Report on malaria in the Punjab during the year ...  together with an account of the work of the Punjab Malaria Bureau - Volume 4
Disease focus: Malaria
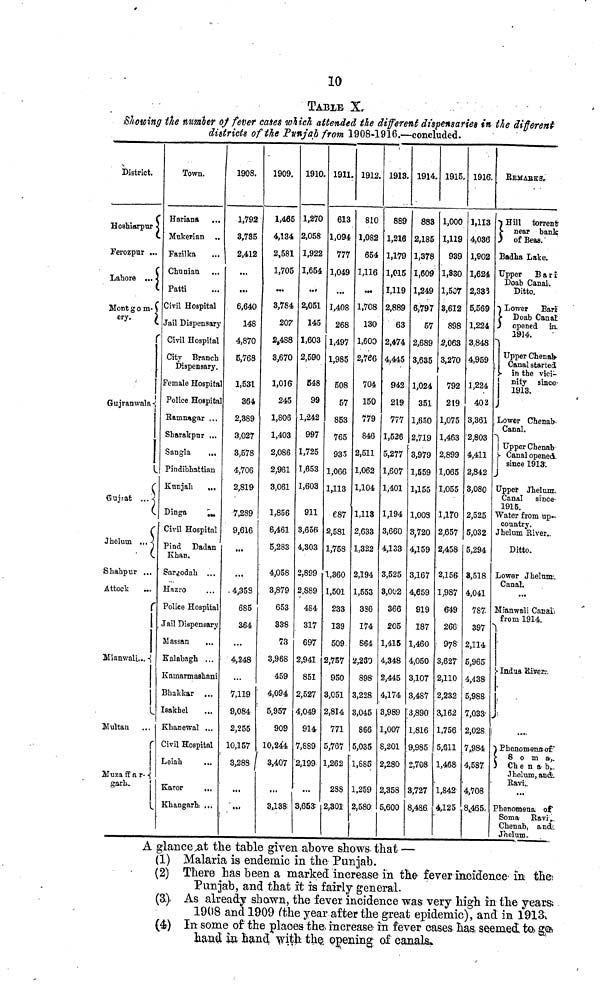
10
TABLE X.
Showing the number of fever cases which attended the different dispensaries in the different
districts of the Punjab from 1908-1916.—-concluded.
District.
Hoshiarpur
Ferozpur ...
(
Lahore ...
Montgom-
ery.
r
Gujranwala
Gujrat ...
(
r
Jhelum ...
Shahpur ...
Attock
r
Mianwali...
Multan
Muzaffar-
garh.
Town.
Hariana
...
Mukerian ..
Fazilka
...
Chunian
...
Patti ...
Civil Hospital
Jail Dispensary
Civil Hospital
City Branch
Dispensary.
Female Hospital
Police Hospital
Ramnagar ...
Sharakpur ...
Sangla
...
Pindibhattian
Kunjah
...
Dinga ...
Civil Hospital
Pind Dadan
Khan.
Sargodah ...
Hazro
Police Hospital
Jail Dispensary
Massan
...
Kalabagh ...
Kamarmashani
Bhakkar ...
Isakhel
Khanewal ...
Civil Hospital
Leiab ...
Karor
...
Khangarh ...
1908.
1,792
3,735
2,412
6,640
148
4,870
5,768
1,531
364
2,389
3,027
3,578
4,706
2,819
7,289
9,616
...
4,358
685
364
...
4,248
...
7,119
9,084
2,255
10,157
3,288
...
...
1909.
1,465
4,134
2,581
1,705
3,784
207
2,488
3,670
1,016
245
1,806
1,403
2,086
2,961
3,061
1,856
6,461
5,283
4,058
3,879
653
338
73
3,968
459
4,094
5,957
90S
10,244
3,407
...
3,138;
1910.
1,270
2,058
1,922
1,654
...
2,051
145
1,603
2,590
548
99
1,242
997
1,725
1,653
1,603
911
3,656
4,303
2,899
2,889
484
317
697
2,941
851
2,527
4,049
914
7,889
2,199
...
3,653
1911.
613
1,094
777
1,049
1,408
268
1,497
1,985
508
57
853
765
935
1,066
1,113
687
2,581
1,758
1,360
1,501
233
139
509
2,757
950
3,051
2,814
771
5,767
1,262
288
2,301
1912.
810
1,082
654
1,116
1,708
130
1,600
2,766
704
150
779
846
2,511
1,062
1,104
1,113
2,633
1,322
2,194
,553
386
174
864
,230
898
,228
,045
866
5,035
1,885
1,259
2,580:
1913.
889
1,216
1,179
1,015
1,119
2,889
63
2,474
4,445
942
219
777
1,526
5,277
1,607
1,401
1,194
3,660
4,133
3,525
3,002
366
205
,415
,348
,445
4,174
3,989
1,007
8,201
2,280
2,358
5,600
1914.
883
2,185
1,378
1,609
1,249
6,797
57
2,689
3,635
1,024
351
1,650
2,719
3,979
1,559
1,155
1,008
3,720
4,159
3,167
4,659
919
187
1,460
4,050
3,107
3,487
3,890
1,816
.9,985
2,708
3,727
8,486
1915.
1,000
1,119
939
1,830
1,507
3,612
898
5,063
3,270
792
219
1,075
1,463
2,899
1,065
1,055
1,170
2,657
2,458
2,156
1,987
649
266
978
3,627
2,110
2,232
3,162
1,756
5,611
1,468
1,842
4,125
1916.
1,113
4,036
1,902
1,624
2,333
5,569
1,224
3,848
4,959
1,224
402
3,361
2,803
4,411
2,842
3,080
2,525
5,032
5,294
3,518
4,041
787
397
2,114
5,965
4,438
5,988
7,033
2,028
7,984
4,587
4,708
8,465
REMAEKS.
Hill
torrent
near bank
of Beas.
Badha Lake.
Upper
Bari
Doab Canal.
Ditto.
Lower
Bari
Doab Canal.
opened in.
1914
Upper Chenab-
Canal started
in the vici-
nity since-
1913.
Lower Cnenab-
Canal.
Canal opened.
Upper Jhelum
Canal since-
1915.
Water from up-
country
Jhelum River.
Ditto.
Lower Jhelum
Canal.
...
Mianwali Canal
from 1914.
Indus River.
......
Phenomena of
Soma,
Chenab,
Jhelum, and
Ravi.
...
Phenomena of
Soma
Ravi,
Chenab, and
A glance ,at the table given above shows, that —
(1) Malaria is endemic in the Punjab.
(2) There has been a marked increase in the fever incidence in the
Punjab, and that it is fairly general.
(3.) As already shown, the fever incidence was very high in the years;
1908 and 1909 (the year after the great epidemic), and in 191 &
(4) In some of the places the increase in fever eases has seemed to go
hand in hand with the; opening of canals.